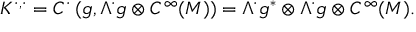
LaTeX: K ^ { \cdot , \cdot } = C ^ { \cdot } \left( { \mathfrak { g } } , \Lambda ^ { \cdot } { \mathfrak { g } } \otimes C ^ { \infty } ( M ) \right) = \Lambda ^ { \cdot } { \mathfrak { g } } ^ { * } \otimes \Lambda ^ { \cdot } { \mathfrak { g } } \otimes C ^ { \infty } ( M ) .